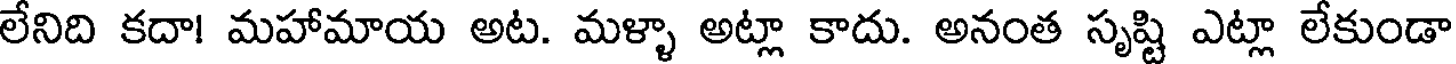
లేనిది కదా! మహామాయ అట. మళ్ళా అట్లా కాదు. అనంత సృష్టి ఎట్లా లేకుండా